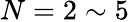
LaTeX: N=2\sim 5